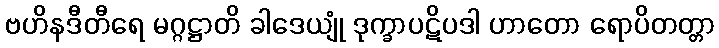
ဗဟိနဒီတီရေ မဂ္ဂဋ္ဌာတိ ခါဒေယျုံ ဒုက္ခာပဋိပဒါ ဟာတော ရောပိတတ္တာ